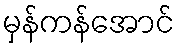
မှန်ကန်အောင်